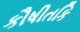
કૌષીતકિ